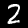
Digit: 2